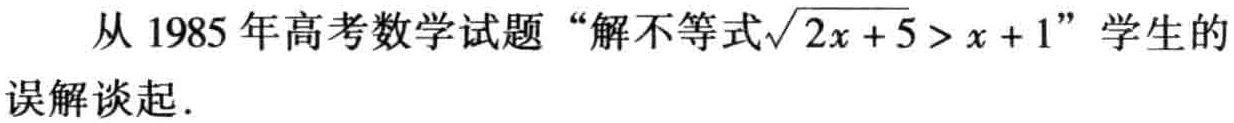
从 1985 年高考数学试题“解不等式\(\sqrt{2x + 5} > x + 1\)”学生的误解谈起.